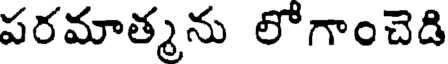
పరమాత్మను లోగాంచెడి